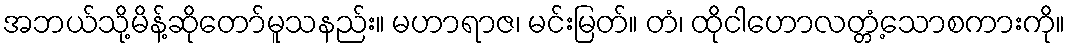
အဘယ်သို့မိန့်ဆိုတော်မူသနည်း။ မဟာရာဇ၊ မင်းမြတ်။ တံ၊ ထိုငါဟောလတ္တံ့သောစကားကို။